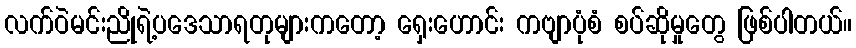
လက်ဝဲမင်းညိုရဲ့ပဒေသာရတုများကတော့ ရှေးဟောင်း ကဗျာပုံစံ စပ်ဆိုမှုတွေ ဖြစ်ပါတယ်။